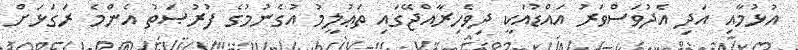
އުޅުމާއި އަދި އެދުވަސްވަރު އައްޑުއަކީ ދިވެހިރާއްޖޭގައި ތަޢުލީމު އުގެނުމުގެ ފުރުޞަތު އެންމެ ރަގަޅަށް